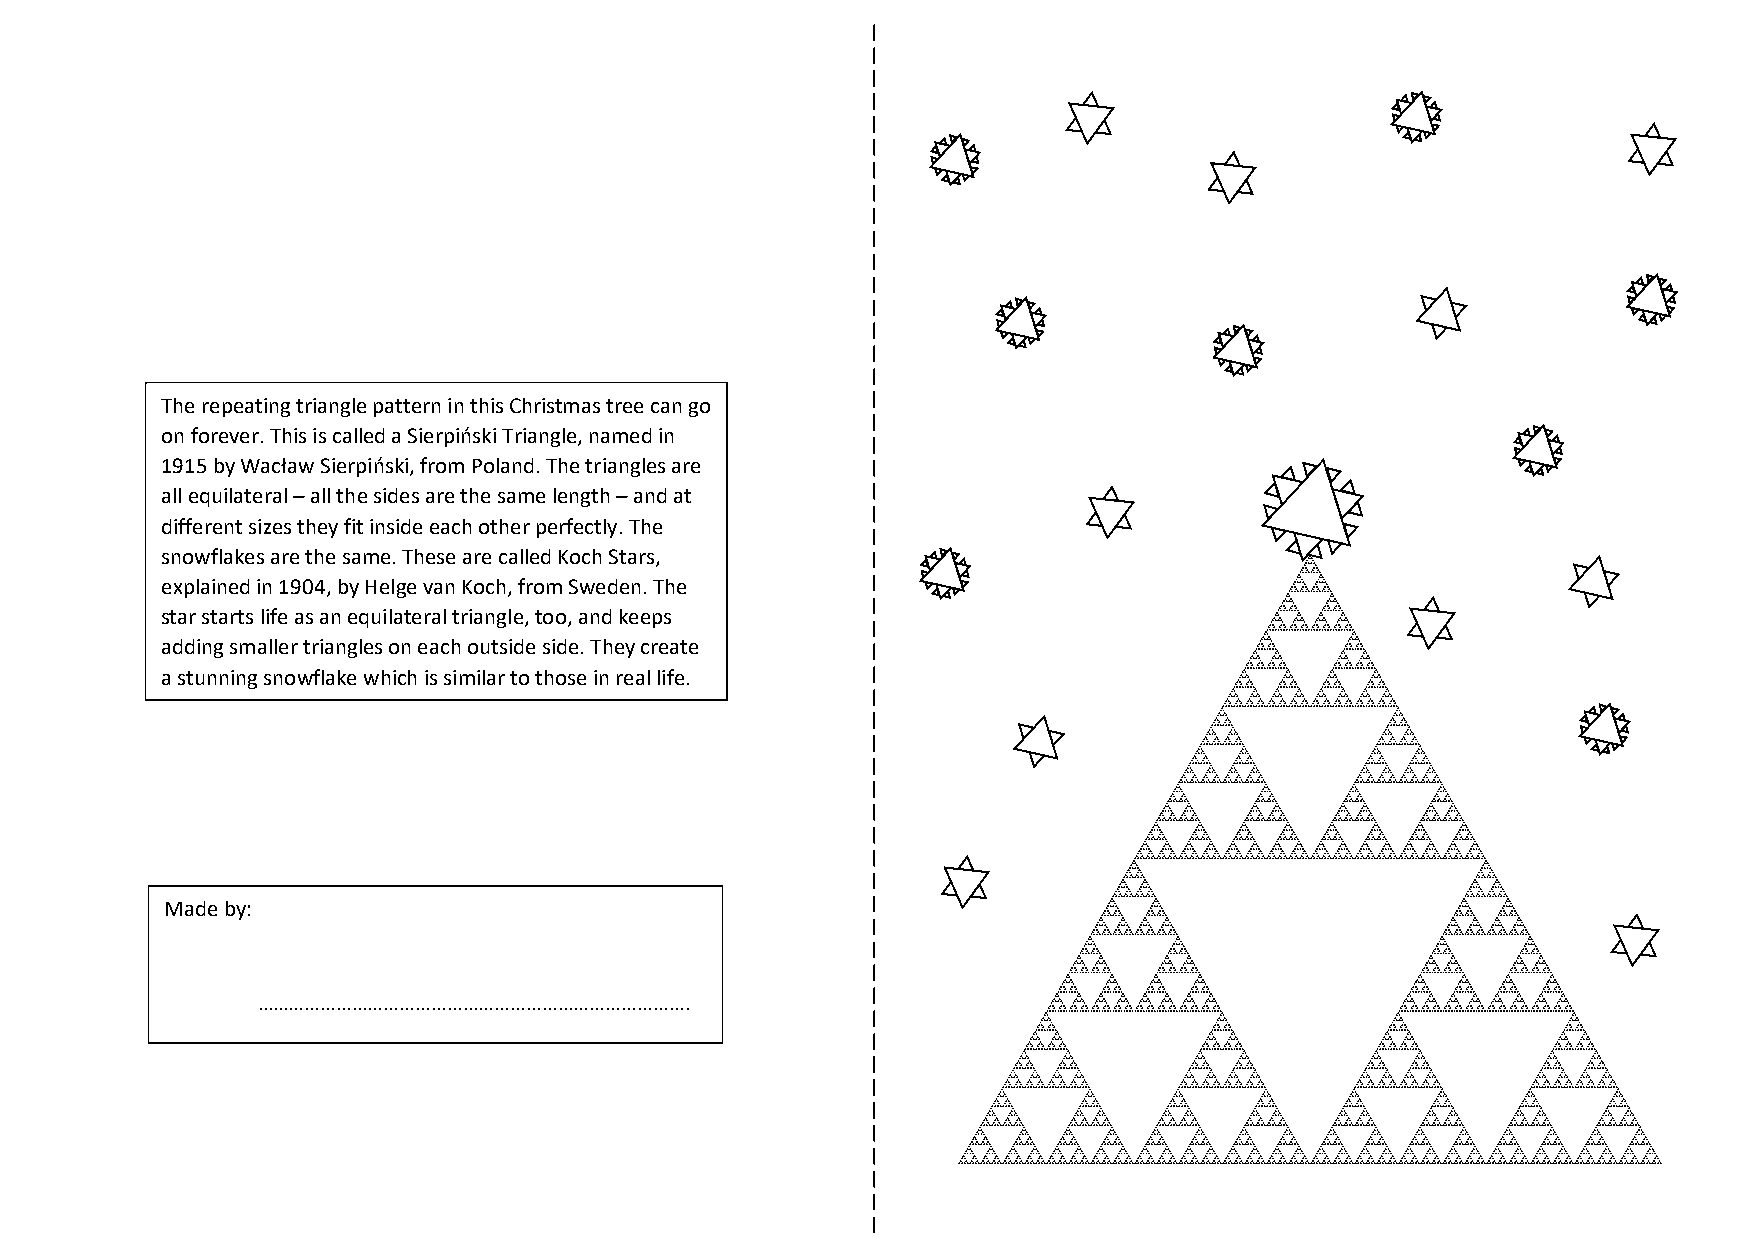
The repeating triangle pattern in this Christmas tree can go
 on forever. This is called a Sierpiński Triangle, named in
 1915 by Wacław Sierpiński, from Poland. The triangles are
 all equilateral – all the sides are the same length – and at
 different sizes they fit inside each other perfectly. The
 snowflakes are the same. These are called Koch Stars,
 explained in 1904, by Helge van Koch, from Sweden. The
 star starts life as an equilateral triangle, too, and keeps
 adding smaller triangles on each outside side. They create
 a stunning snowflake which is similar to those in real life.
 Made by:
 ……………………………………………………………………….